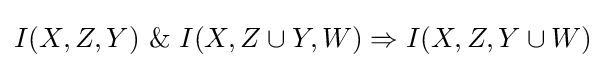
I(X,Z,Y)~\&~I(X,Z\cup Y,W)\Rightarrow I(X,Z,Y\cup W)